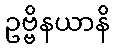
ဥဗ္ဗိနယာနိ